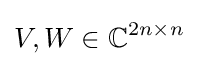
V,W\in \mathbb {C} ^{2n\times n}